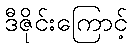
ဒီဇိုင်းကြောင့်